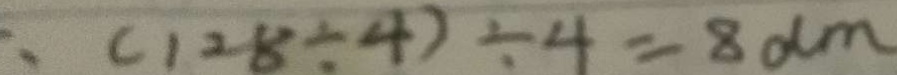
: ( 1 2 8 \div 4 ) \div 4 = 8 d m